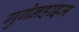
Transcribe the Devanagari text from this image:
गुगेनहाइम